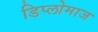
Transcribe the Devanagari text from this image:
डिप्लोमाज